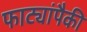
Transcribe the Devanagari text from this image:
फाट्यांपैकी